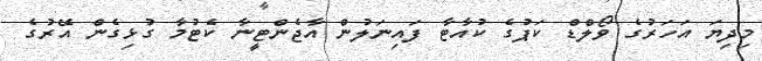
މިދިޔަ އަހަރުގެ ވޯލްޑް ކަޕުގެ ކުއާޓާ ފައިނަލުން އާޖެންޓީނާ ކެޓުމާ ގުޅިގެން އޭރުގެ